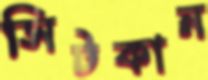
সিটকান